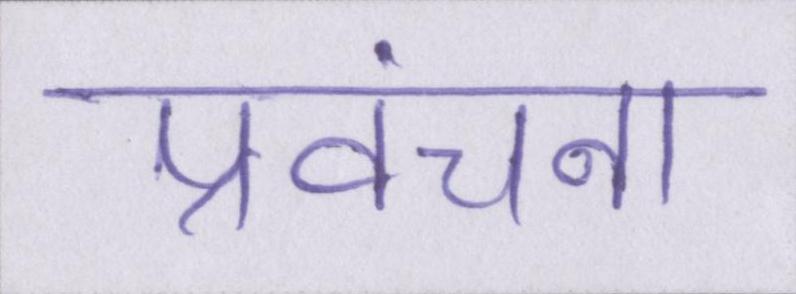
प्रवंचना